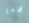
اقدر